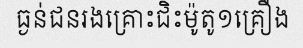
ធ្ងន់ជនរងគ្រោះជិះម៉ូតូ១គ្រឿង